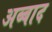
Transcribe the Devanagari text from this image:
अब्बाद